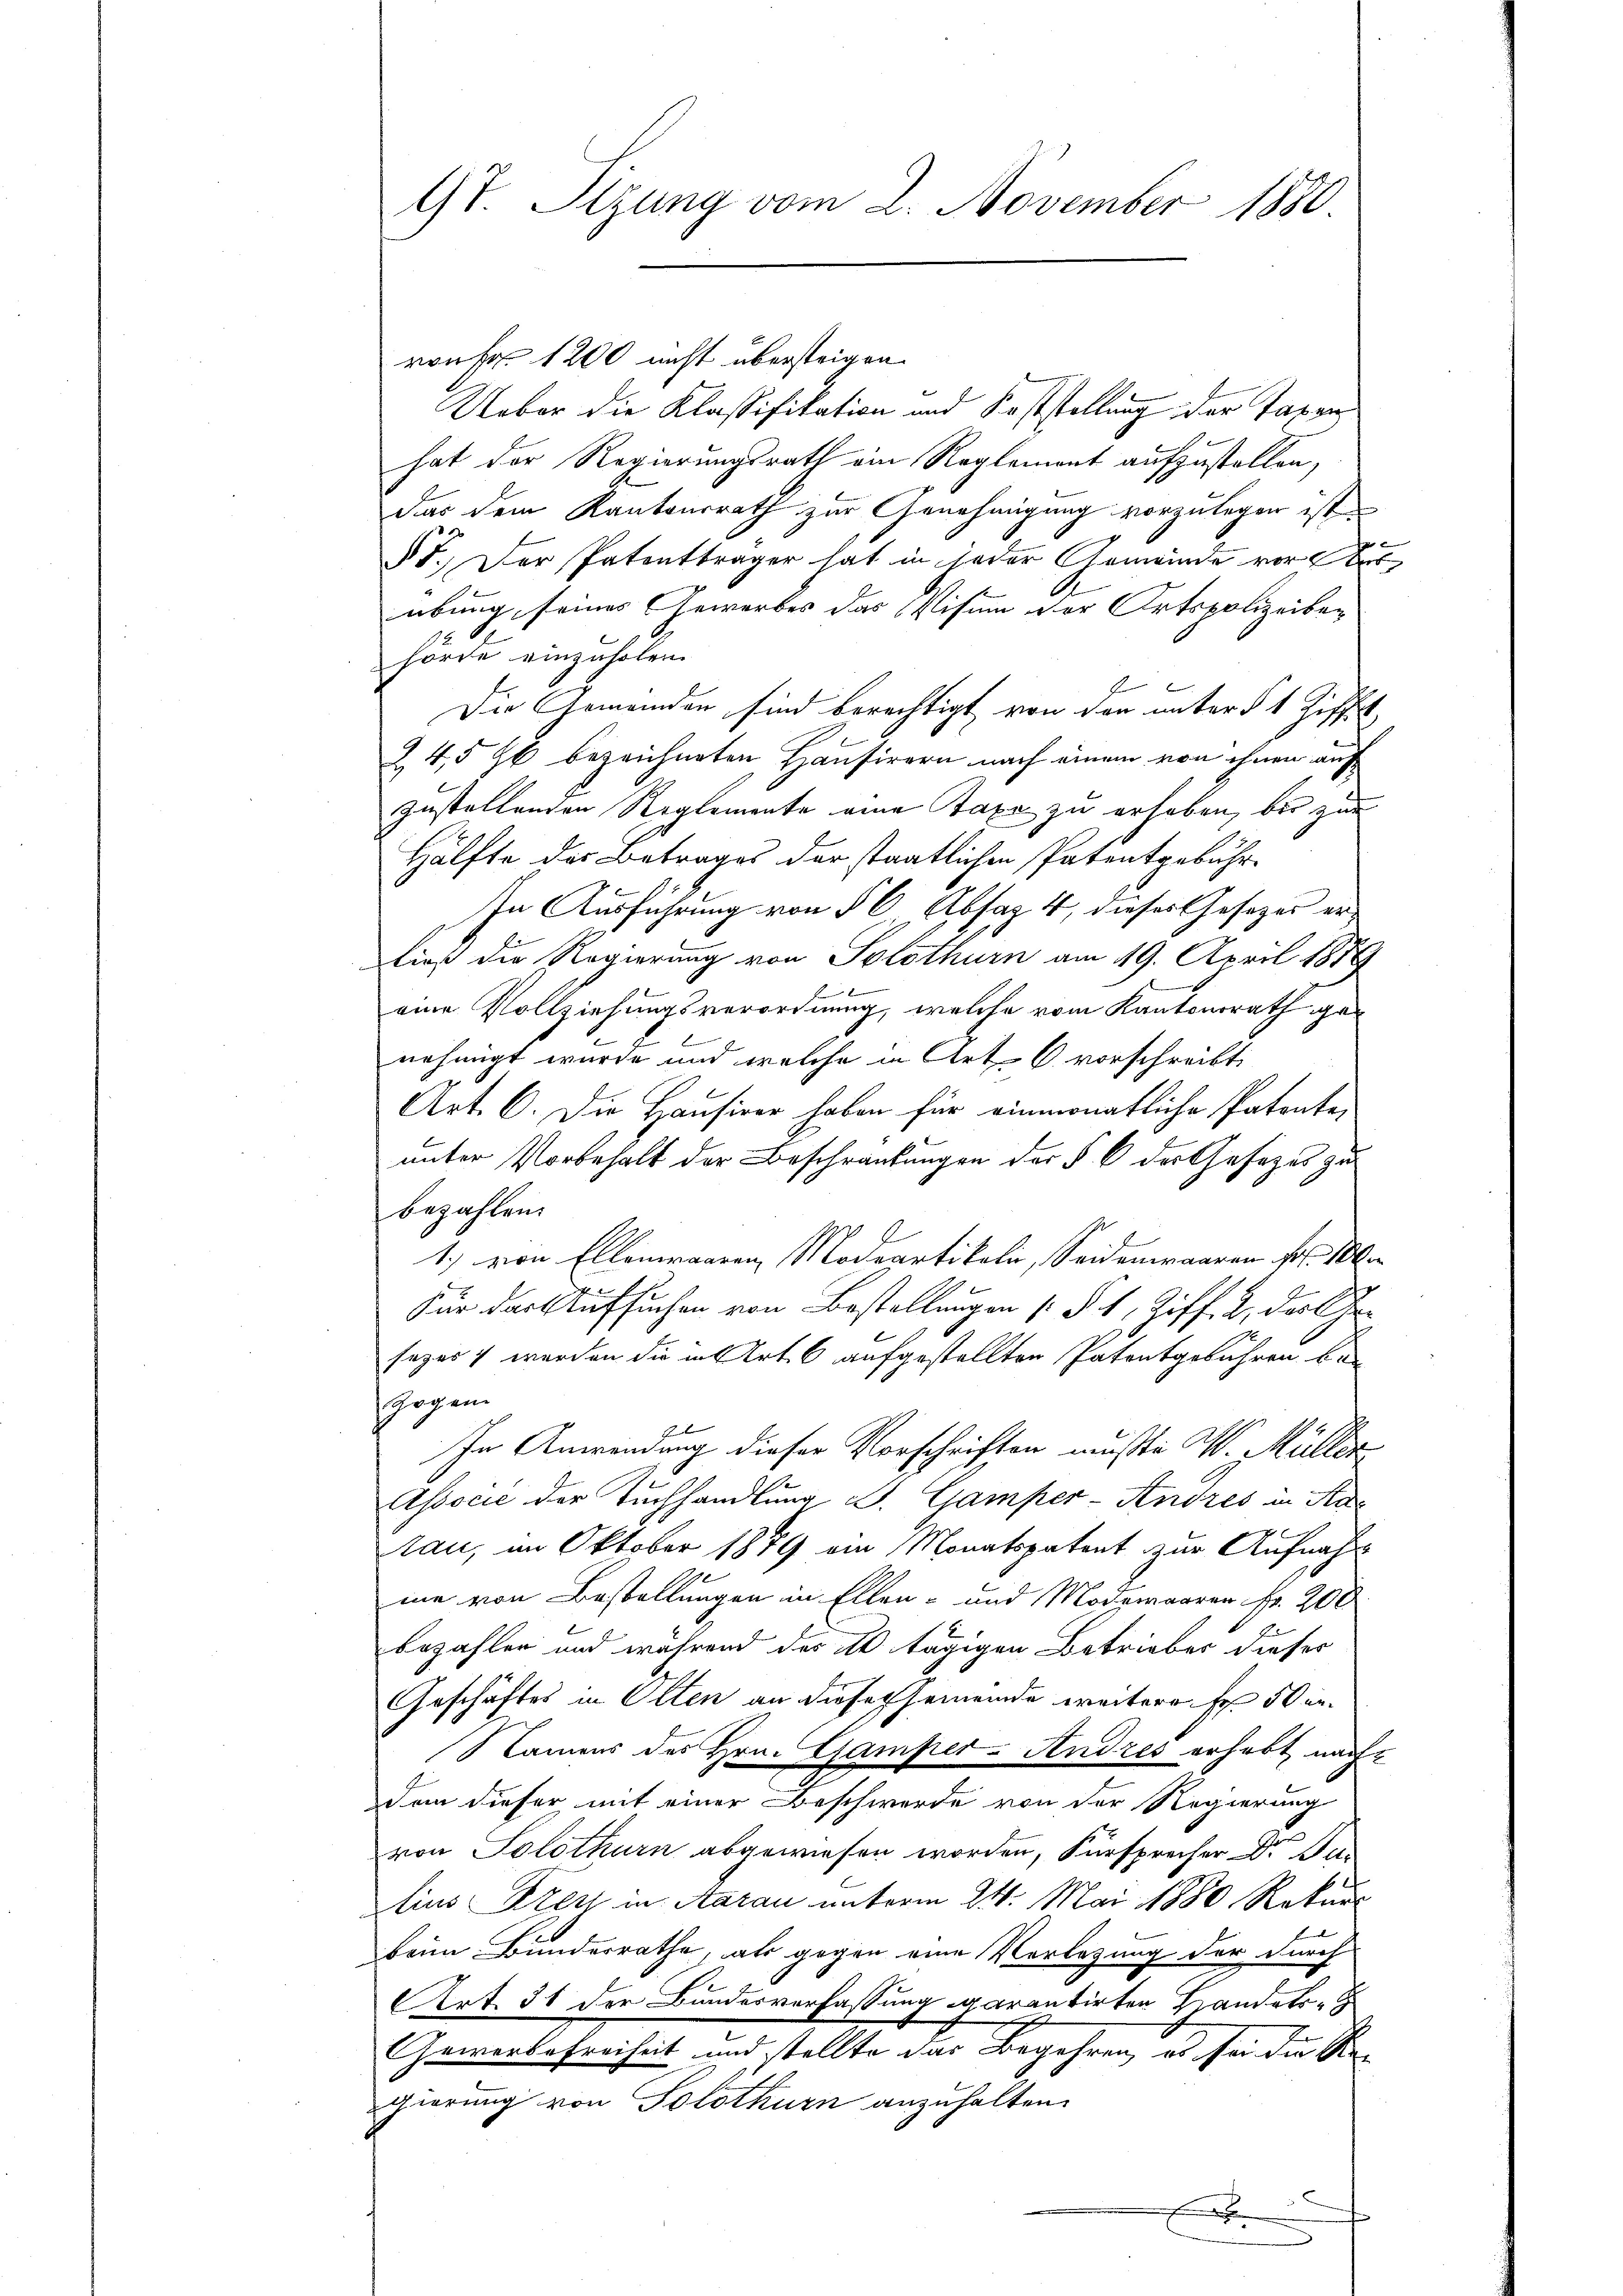
9t. Sizung vom 2. November 1880

ron Fr. 1200 nicht übersteigen.
Ueber die Klassifikation und Koststellung der Taxen,
hat der Regierungsrath von Reglement aufzustellen,
das dem Kantonsrath zur Genehmigung vorzulegen ist
§ 5. Der Patentträger hat in jeder Gemeinde vor Ausübung seines Gewerbes das Visum der Ortspolizeiben
hörde einzuholen.
E
Die Gemeinden sind berechtigt von den unter § 1 Ziffet
24,596 bezeichneten Hausirern nach einem von ihnen aufzustellenden Reglemente eine Taxe zu erhaben, bis zur
Hälfte des Betrages der staatlichen Patentgebühr¬
In Ausführung von § 6 Absaz 4, dieses Gesezes erdieß die Regierung von Solothurn am 19. April 1876
eine Vollziehungsverordnung, welche vom Kantonsrath genehmigt wurde und welche in Art. C. vorschreibt.
Art. C. Die Hausirer haben für einmonatliche Patente,
unter Vorbehalt der Beschränkungen der § 6 der Gesetzes zu
bezahlen.
1) von Ellenwaaren Modeartikeln, Seideneraaren Fr. 100
k
Für das Aufsuchen von Bestellungen [§ 1, Ziff. 2, des Ge-
sezes werden die in Art. 6 aufgestellten Patentgebühren bei
shagen.
6
In Anwendung dieser Vorschriften mußte W. Müller
Associe der Tuchhandlung d. Gamper - Andres in Ka¬
Hau, im Oktober 1879 am Monatspatent zur Aufnahm
me von Bestellungen in Ellen- und Modewaarer Fr. 200
bezahler und während des er tägigen Betrieber dieser
Geschäftes in Olten an dieser Gemeinde weitere Fr. 50 er¬
Namens des Hrn. Gamper-Andres erhebt nach
dan dieser mit einer Beschwerde von der Regierung
von Solothurn abgewiesen worden, Fürsprecher Dr Ju
Ains Kreuz in Aarau unterm 24. Mai 1880 Rekurr
beim Bunderrathe, als gegen eine Verlegung der durch
Art. 31 der Bundesverfassung garantirten Handels-
Gewerbefreiheit und stellte das Begehren, es sei die Re- |
gierung von Solothurn anzuhalten.
x